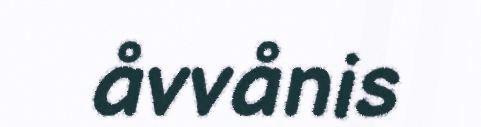
åvvånis